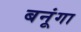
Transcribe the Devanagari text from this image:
बनूंगा